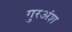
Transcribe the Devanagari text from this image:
गुरअंश